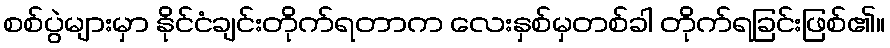
စစ်ပွဲများမှာ နိုင်ငံချင်းတိုက်ရတာက လေးနှစ်မှတစ်ခါ တိုက်ရခြင်းဖြစ်၏။